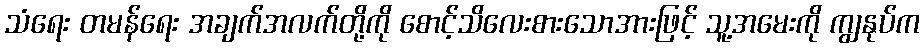
သံရေး တမန်ရေး အချက်အလက်တို့ကို စောင့်သိလေးစားသောအားဖြင့် သူ့အမေးကို ကျွနုပ်က